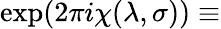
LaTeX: \exp(2\pi i\chi(\lambda,\sigma))\equiv